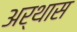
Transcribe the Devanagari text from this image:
अर्थास